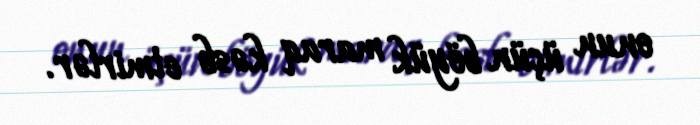
onun üçün böyük maraq kəsb etmirlər.